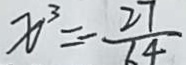
x ^ { 3 } = - \frac { 2 7 } { 6 4 }